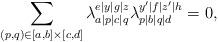
LaTeX: \begin{align*} \sum_{(p,q)\in [a,b] \times[c,d]} \lambda_{a|p|c|q}^{e|y|g|z} \lambda_{p|b|q|d}^{y'|f|z'|h}=0,\end{align*}